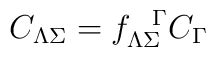
C_{\Lambda \Sigma} = f^{\ \ \Gamma}_{\Lambda \Sigma} C_\Gamma